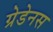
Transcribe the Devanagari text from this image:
ग्रेडेनस